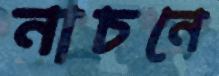
নাচনে